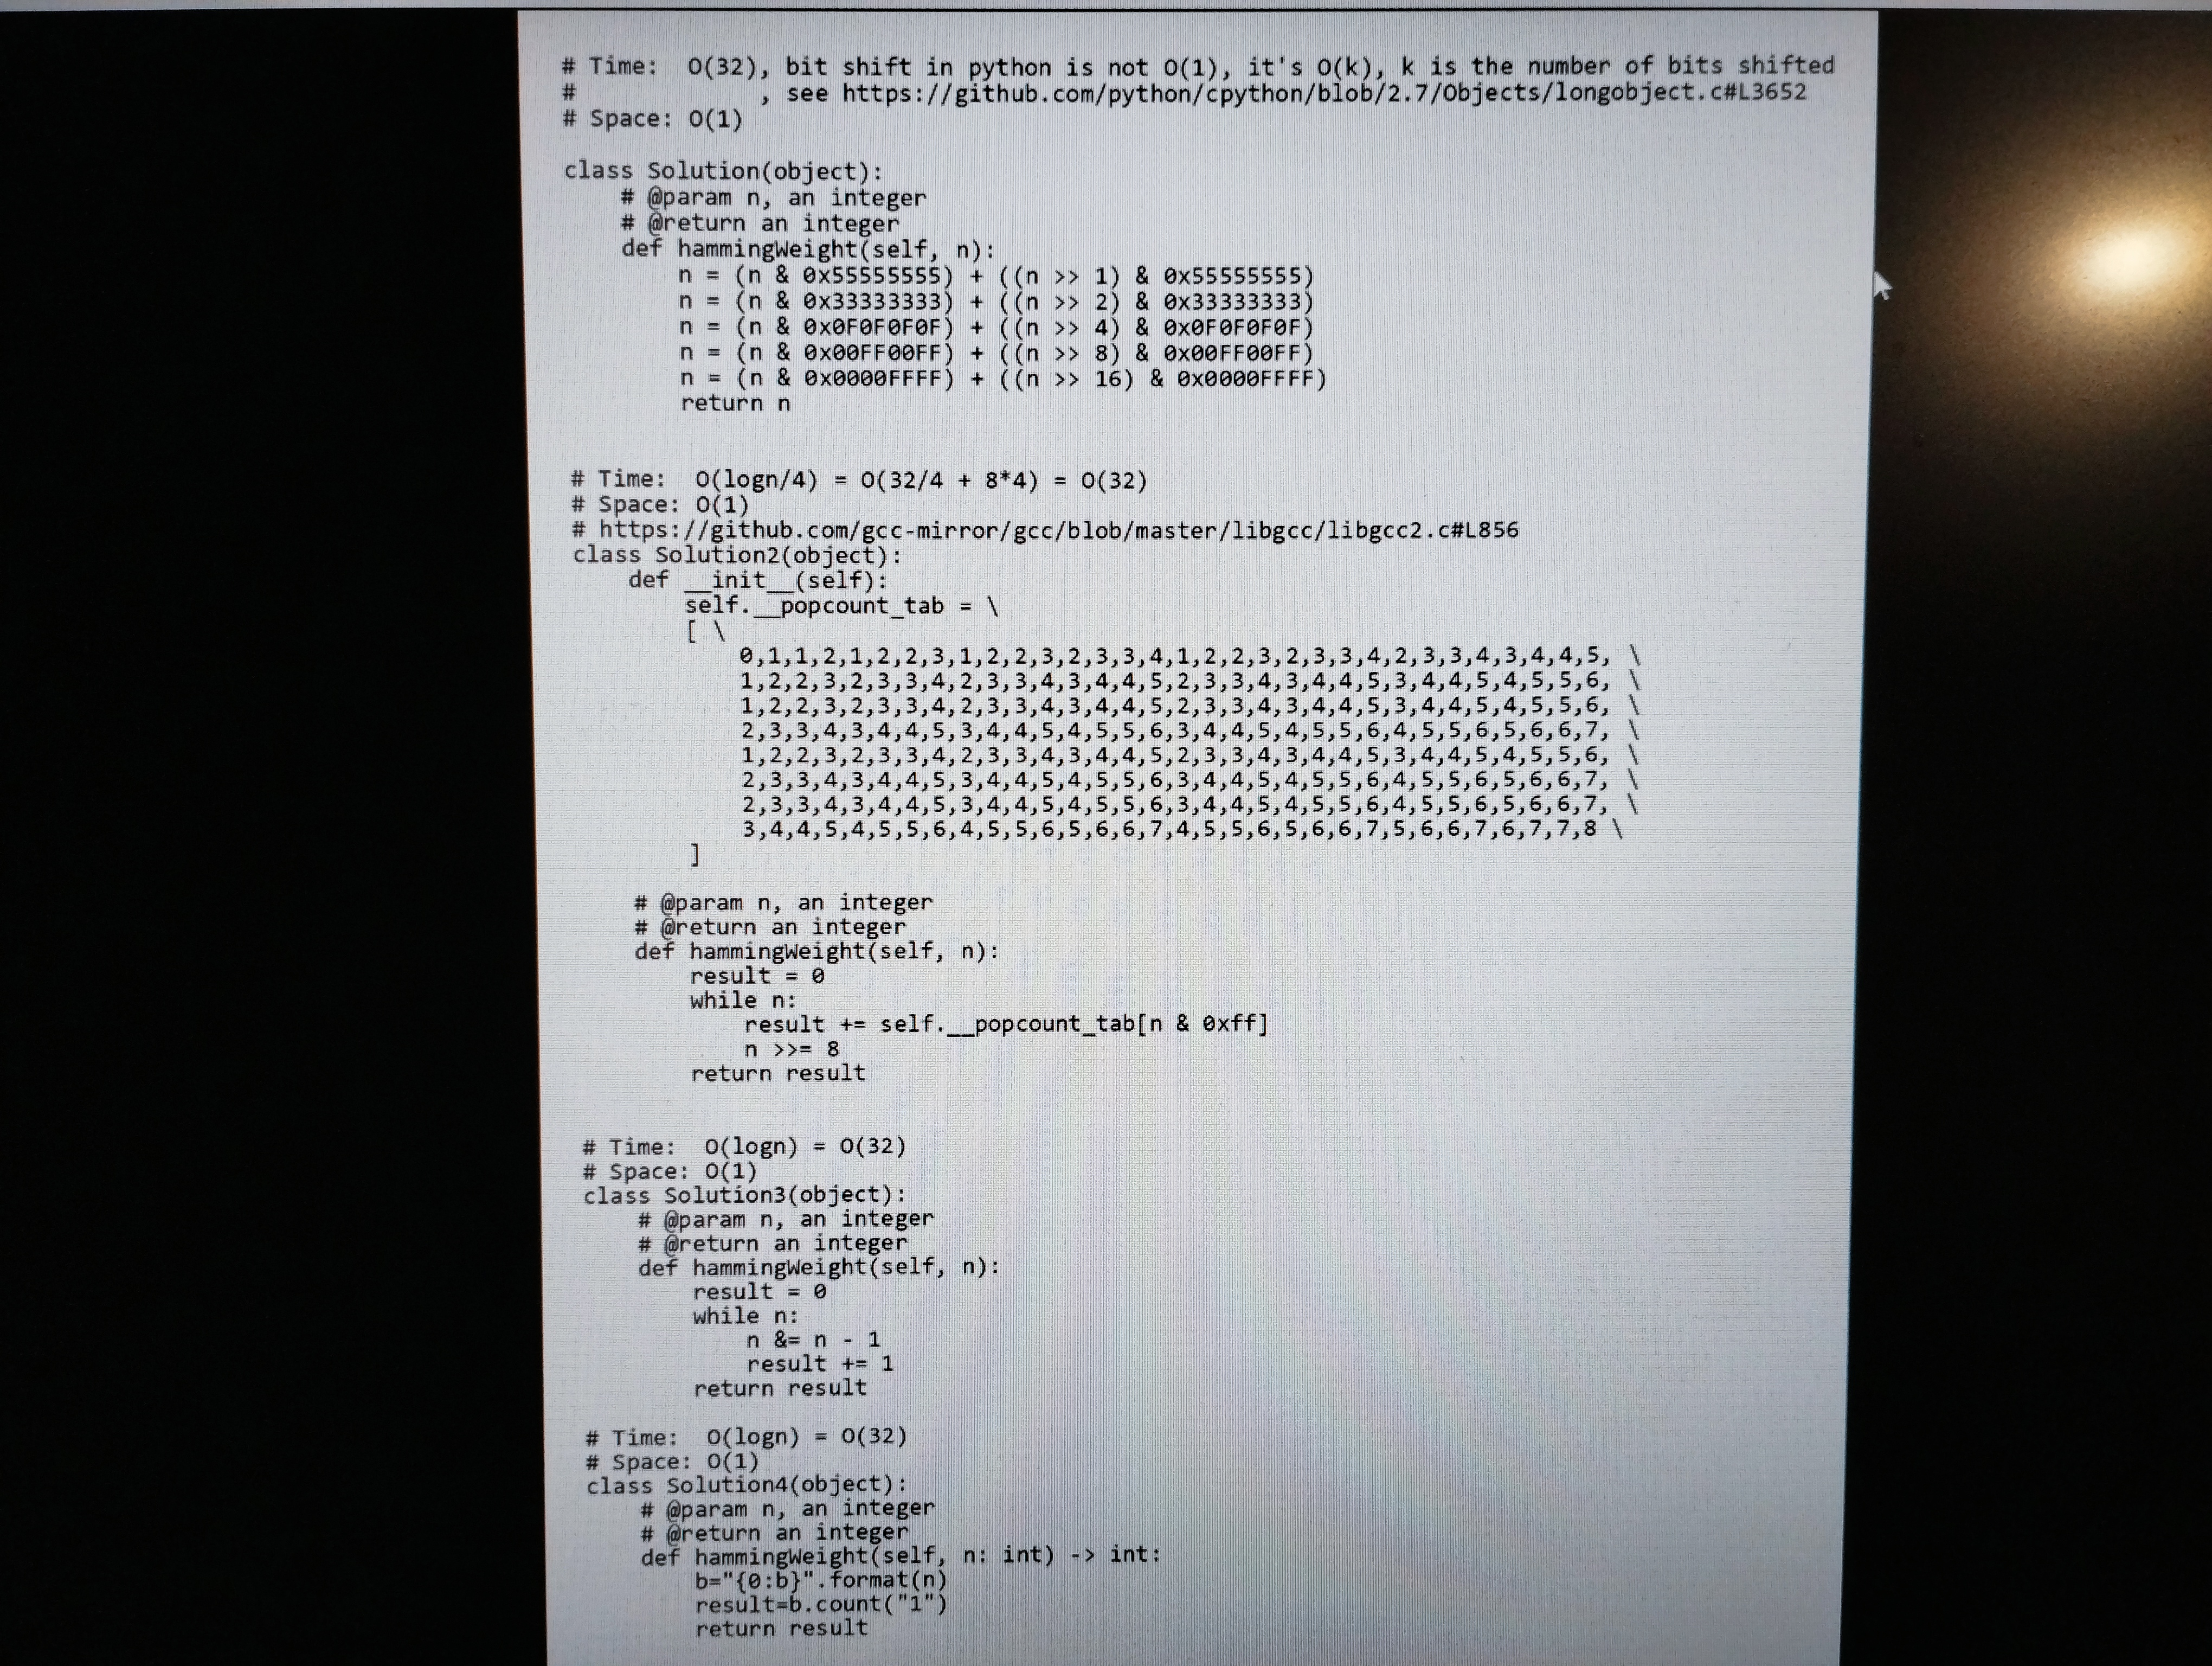
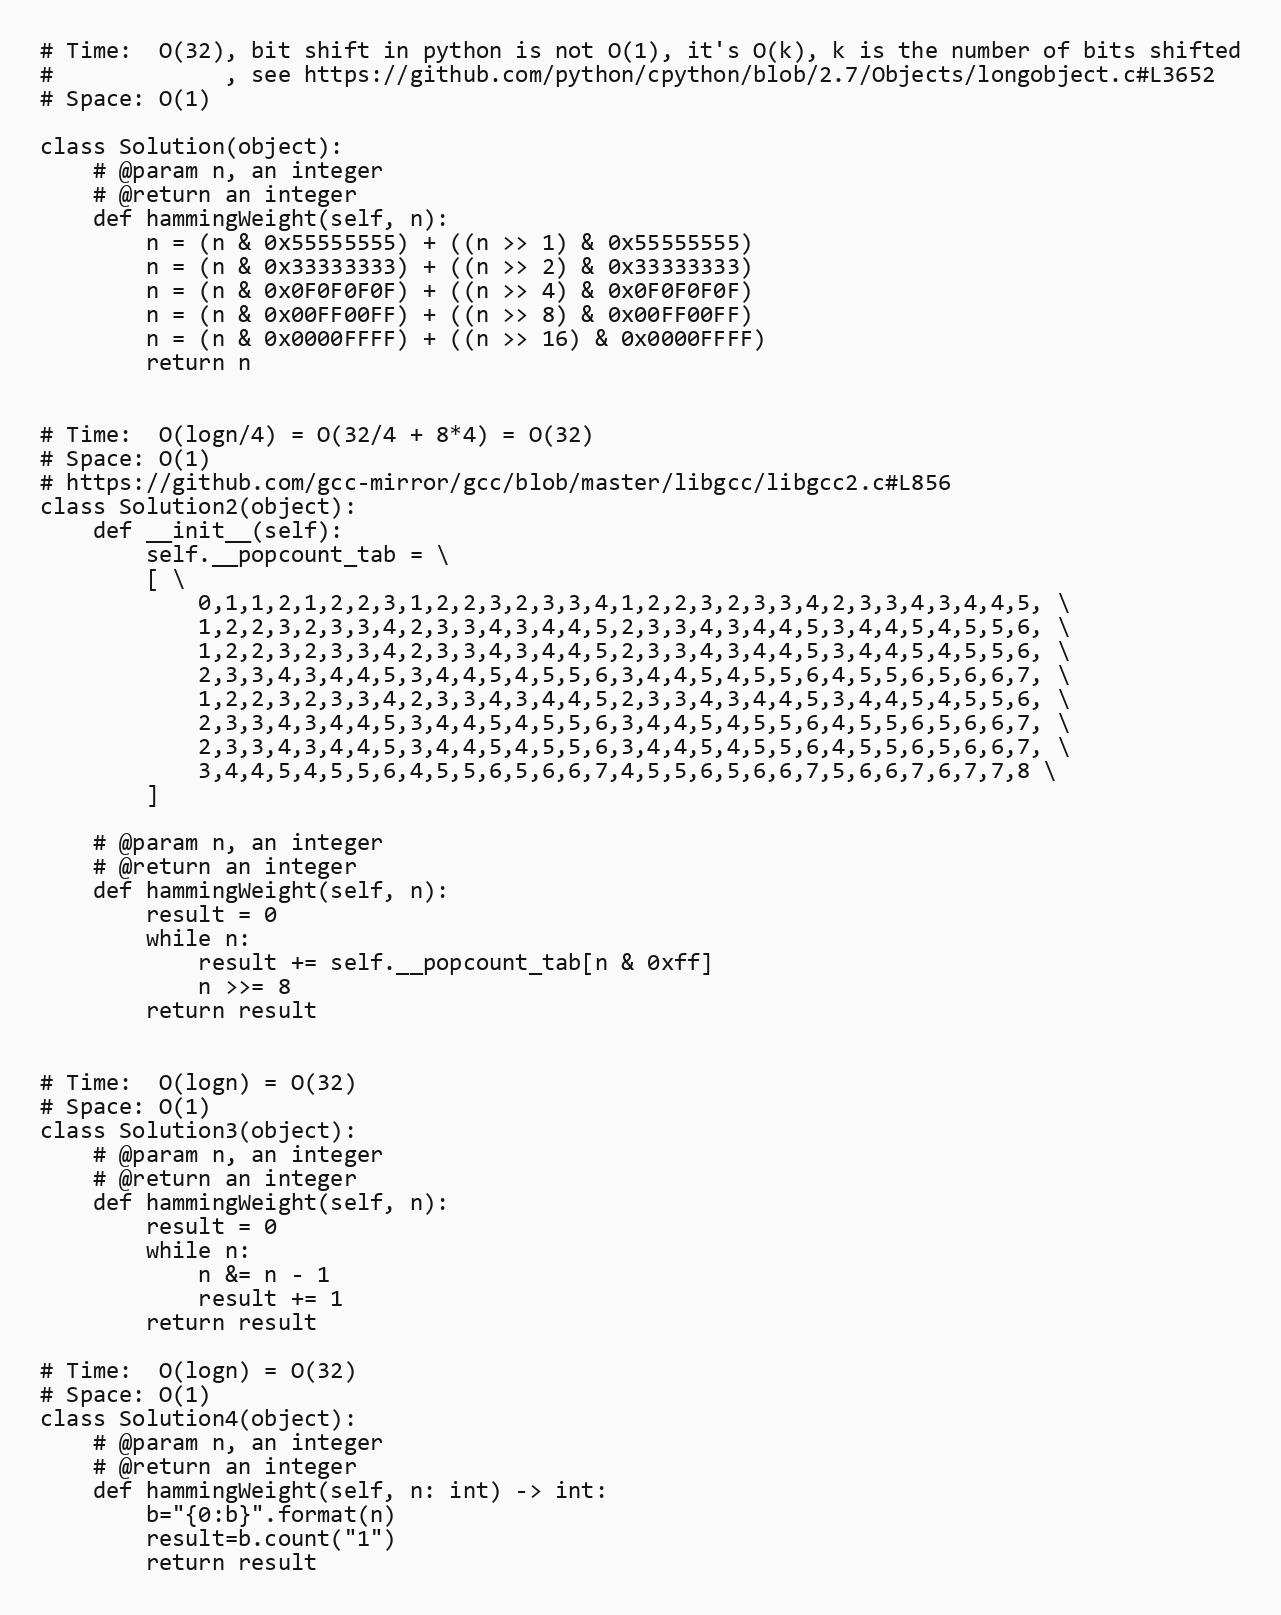
# Time:  O(32), bit shift in python is not O(1), it's O(k), k is the number of bits shifted
#             , see https://github.com/python/cpython/blob/2.7/Objects/longobject.c#L3652
# Space: O(1)

class Solution(object):
    # @param n, an integer
    # @return an integer
    def hammingWeight(self, n):
        n = (n & 0x55555555) + ((n >> 1) & 0x55555555)
        n = (n & 0x33333333) + ((n >> 2) & 0x33333333)
        n = (n & 0x0F0F0F0F) + ((n >> 4) & 0x0F0F0F0F)
        n = (n & 0x00FF00FF) + ((n >> 8) & 0x00FF00FF)
        n = (n & 0x0000FFFF) + ((n >> 16) & 0x0000FFFF)
        return n

# Time:  O(logn/4) = O(32/4 + 8*4) = O(32)
# Space: O(1)
# https://github.com/gcc-mirror/gcc/blob/master/libgcc/libgcc2.c#L856
class Solution2(object):
    def __init__(self):
        self.__popcount_tab = \
        [ \
            0,1,1,2,1,2,2,3,1,2,2,3,2,3,3,4,1,2,2,3,2,3,3,4,2,3,3,4,3,4,4,5, \
            1,2,2,3,2,3,3,4,2,3,3,4,3,4,4,5,2,3,3,4,3,4,4,5,3,4,4,5,4,5,5,6, \
            1,2,2,3,2,3,3,4,2,3,3,4,3,4,4,5,2,3,3,4,3,4,4,5,3,4,4,5,4,5,5,6, \
            2,3,3,4,3,4,4,5,3,4,4,5,4,5,5,6,3,4,4,5,4,5,5,6,4,5,5,6,5,6,6,7, \
            1,2,2,3,2,3,3,4,2,3,3,4,3,4,4,5,2,3,3,4,3,4,4,5,3,4,4,5,4,5,5,6, \
            2,3,3,4,3,4,4,5,3,4,4,5,4,5,5,6,3,4,4,5,4,5,5,6,4,5,5,6,5,6,6,7, \
            2,3,3,4,3,4,4,5,3,4,4,5,4,5,5,6,3,4,4,5,4,5,5,6,4,5,5,6,5,6,6,7, \
            3,4,4,5,4,5,5,6,4,5,5,6,5,6,6,7,4,5,5,6,5,6,6,7,5,6,6,7,6,7,7,8 \
        ]

    # @param n, an integer
    # @return an integer
    def hammingWeight(self, n):
        result = 0
        while n:
            result += self.__popcount_tab[n & 0xff]
            n >>= 8
        return result

# Time:  O(logn) = O(32)
# Space: O(1)
class Solution3(object):
    # @param n, an integer
    # @return an integer
    def hammingWeight(self, n):
        result = 0
        while n:
            n &= n - 1
            result += 1
        return result

# Time:  O(logn) = O(32)
# Space: O(1)
class Solution4(object):
    # @param n, an integer
    # @return an integer
    def hammingWeight(self, n: int) -> int:
        b="{0:b}".format(n)
        result=b.count("1")
        return result